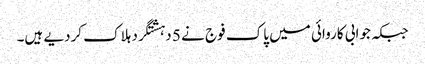
جبکہ جوابی کاروائی میں پاک فوج نے 5 دہشتگرد ہلاک کردیے ہیں۔